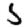
Digit: 5